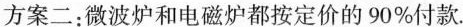
方案二：微波炉和电磁炉都按定价的90%付款。